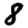
Digit: 8